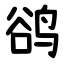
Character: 鹆